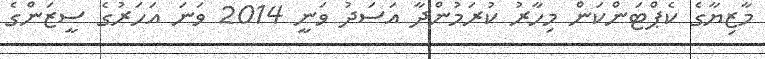
މާޒިޔާގެ ކެޕްޓަންކަން މިހާރު ކުރަމުންދާ އަސަދު ވަނީ 2014 ވަނަ އަހަރުގެ ސީޒަންގެ